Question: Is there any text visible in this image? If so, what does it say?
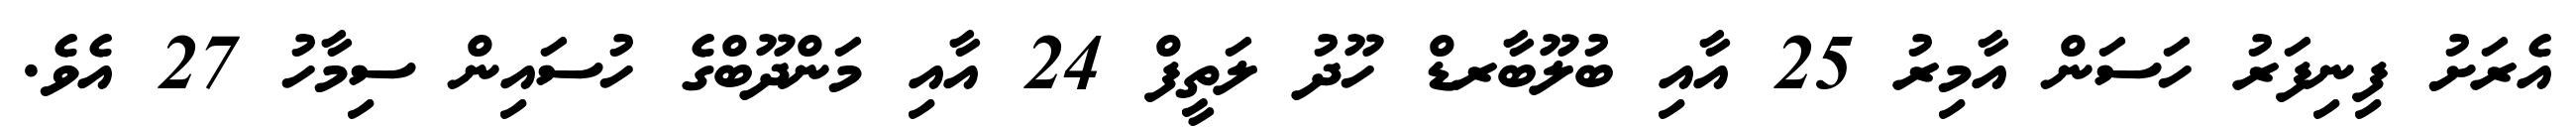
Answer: އެރަށު ފިނިފަރު ހަސަން އާމިރު 25 އާއި ބުލޫބާރޑް ހޫދު ލަތީފް 24 އާއި މަންދޫބްގެ ހުސައިން ސިމާހު 27 އެވެ.